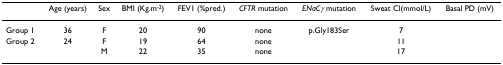
<table><thead><tr><td>[EMPTY_CELL]</td><td><b>Age (years)</b></td><td><b>Sex</b></td><td><b>BMI (Kg.m<sup>-2</sup>)</b></td><td><b>FEV1 (%pred.)</b></td><td><b><i>CFTR </i>mutation</b></td><td><b><i>ENaCγ </i>mutation</b></td><td><b>Sweat Cl(mmol/L)</b></td><td><b>Basal PD (mV)</b></td></tr></thead><tbody><tr><td>Group 1</td><td>36</td><td>F</td><td>20</td><td>90</td><td>none</td><td>p.Gly183Ser</td><td>7</td><td>[EMPTY_CELL]</td></tr><tr><td>Group 2</td><td>24</td><td>F</td><td>19</td><td>64</td><td>none</td><td>[EMPTY_CELL]</td><td>11</td><td>[EMPTY_CELL]</td></tr><tr><td>[EMPTY_CELL]</td><td>[EMPTY_CELL]</td><td>M</td><td>22</td><td>35</td><td>none</td><td>[EMPTY_CELL]</td><td>17</td><td>[EMPTY_CELL]</td></tr></tbody></table>